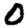
Digit: 0